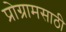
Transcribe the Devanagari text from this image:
प्रोग्रामसाठी